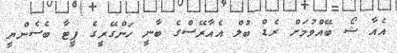
އެއާ ޝޯ ބޭއްވުމަށް ރެޑް ބުލް އެއާރޭސްގެ ބާނީ ހަންގޭރީގެ ޕީޓާ ބެސެންޔީ